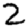
Digit: 2